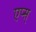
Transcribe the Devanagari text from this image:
एप्स्